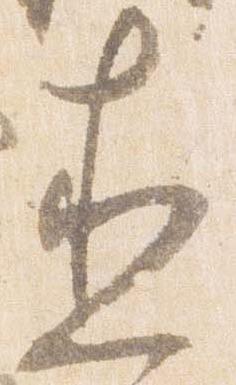
直